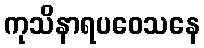
ကုသိနာရပဝေသနေ